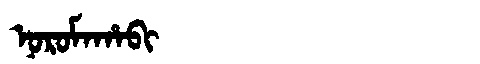
Manchu: ᠨᠣᡵᠣᠮᠠᡥᠠᠪᡳ
Romanization: NOROMAHABI